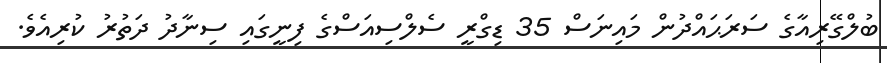
ބުލްގޭރިއާގެ ސަރަޙައްދުން މައިނަސް 35 ޑިގްރީ ސެލްސިއަސްގެ ފިނީގައި ސިނާދު ދަތުރު ކުރިއެވެ.